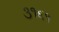
૩૧૬૧